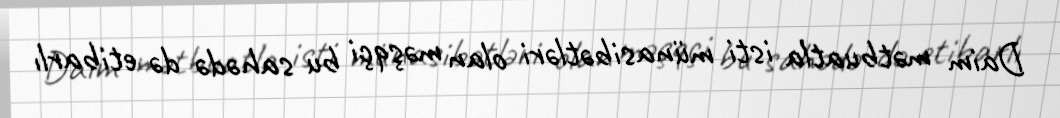
Daim mətbuatla isti münasibətləri olan məşqçi bu sahədə də etibarlı